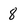
Character: 8